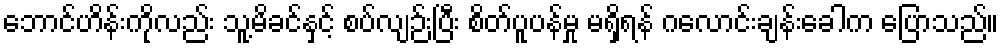
ဘောင်ဟိန်းကိုလည်း သူ့မိခင်နှင့် စပ်လျဉ်းပြီး စိတ်ပူပန်မှု မရှိရန် ဂလောင်းချန်းခေါက ပြောသည်။